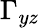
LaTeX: \Gamma_{yz}